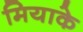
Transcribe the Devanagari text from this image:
मियाके